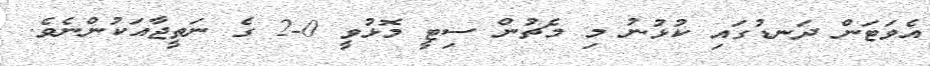
އެވަޓަން ދަނޑުގައި ކުޅުނު މި މެޗުން ސިޓީ މޮޅުވީ 0-2 ގެ ނަތީޖާއަކުންނެވެ.